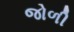
જોળી